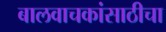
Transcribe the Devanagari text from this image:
बालवाचकांसाठीचा